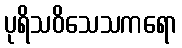
ပုရိသဝိသေသကရော